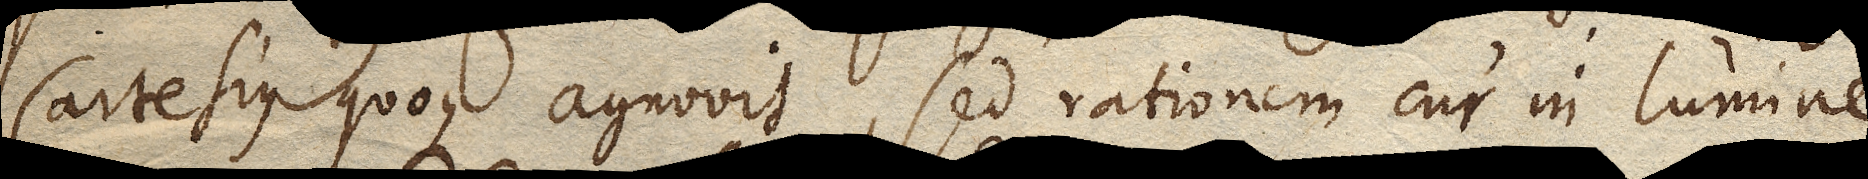
Cartesius quoque agnovit, sed rationem cur in lumine